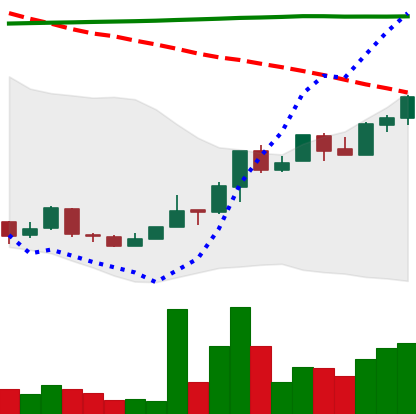
Ticker: NEO-USD
Chart end date: 2018-04-20
Forward return: -9.679%
Label: down_7plus